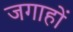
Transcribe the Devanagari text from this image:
जगाहों